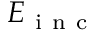
E _ { \mathrm { ~ i ~ n ~ c ~ } }